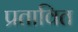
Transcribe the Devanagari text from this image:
प्रतावित